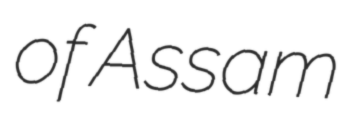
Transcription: of Assam